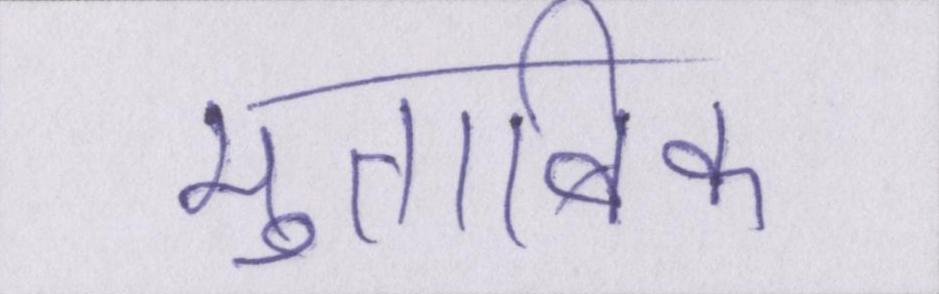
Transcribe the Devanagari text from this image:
मुताबिक